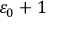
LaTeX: \varepsilon _ { 0 } + 1